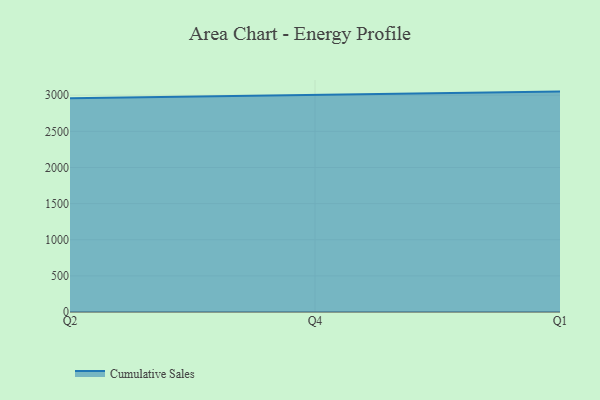
{"axis": {"x": "Quarter", "y": "Market Share (%)"}, "legend": ["Cumulative Sales"], "data": [{"x": "Q2", "y": 2958.1, "type": "Cumulative Sales"}, {"x": "Q4", "y": 3002.8, "type": "Cumulative Sales"}, {"x": "Q1", "y": 3050.0, "type": "Cumulative Sales"}]}